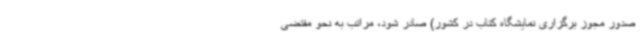
صدور مجوز برگزاری نمایشگاه کتاب در کشور) صادر شود، مراتب به نحو مقتضی